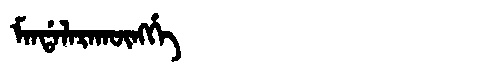
Manchu: ᠮᠠᠨᡩᠠᠯᠠᡵᠠᡴᡡᠩᡤᡝ
Romanization: MANDALARAKŪNGGE